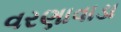
વરણાવાડા